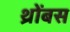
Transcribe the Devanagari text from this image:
थ्रोंबस